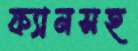
ফ্যানসহ